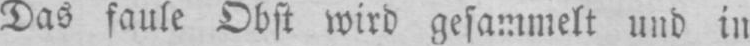
Das faule Obst wird gesammelt und in